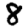
Digit: 8